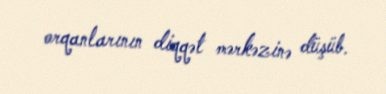
orqanlarının diqqət mərkəzinə düşüb.